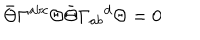
\bar { \Theta } \Gamma ^ { a b c } \Theta \bar { \Theta } \Gamma _ { a b } { } ^ { d } \Theta = 0